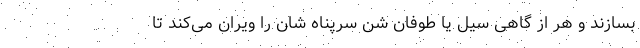
بسازند و هر از گاهی سیل یا طوفان شن سرپناه شان را ویران می‌کند تا